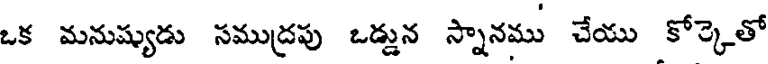
ఒక మనుష్యుడు సముద్రపు ఒడ్డున స్నానము చేయు కోర్కెతో